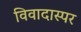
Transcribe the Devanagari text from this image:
विवादास्पर